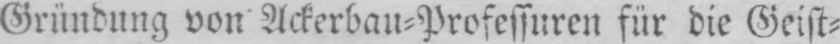
Gründung von Ackerbau-Professuren für die Geist⸗